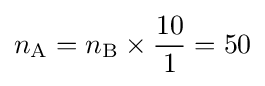
n_{\mathrm {A} }=n_{\mathrm {B} }\times {\frac {10}{1}}=50